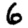
Digit: 6